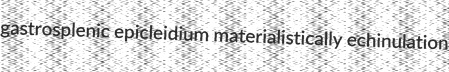
gastrosplenic epicleidium materialistically echinulation